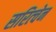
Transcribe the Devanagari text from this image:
सरित्चेन